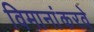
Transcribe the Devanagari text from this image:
विमानांकरवे